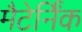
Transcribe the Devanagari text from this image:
मैटेर्निंक